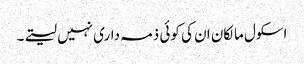
اسکول مالکان ان کی کوئی ذمہ داری نہیں لیتے۔